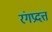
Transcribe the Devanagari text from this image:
रंगप्रदत्त